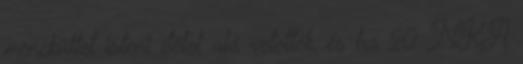
menekültet isteni ítélet alá vetették, és ha 20 NKA